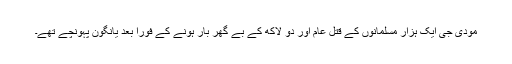
مودی جی ایک ہزار مسلمانوں کے قتل عام اور دو لاکھ کے بے گھر بار ہونے کے فوراً بعد یانگون پہونچے تھے۔